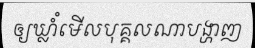
ឲ្យឃ្លាំំមើលបុគ្គលណាបង្ហាញ